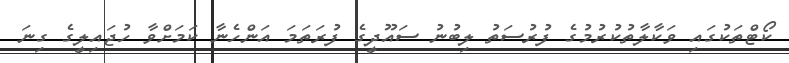
ކޯޓްތަކުގައި ވަކާލާތުކުރުމުގެ ފުރުސަތު ލިބުނު ސައޫދީގެ ފުރަތަމަ އަންހެނާ ކަމަށްވާ ހުޖައިލީގެ ގިނަ